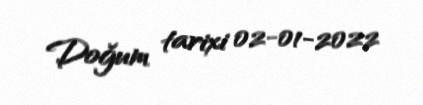
Doğum tarixi 02-01-2022